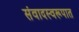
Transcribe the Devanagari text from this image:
संवादस्वरूपात